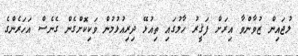
ލުޖައިން ޒުވާންވާ އިރަށް ފަޤީރު ހާލުގައި ތިއުޅޭ ދިރިއުޅުމުން ވަކިކޮށްގެން ގެނެސް އަހަރެންގެ